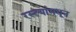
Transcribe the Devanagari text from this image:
रस्त्यांमधून